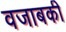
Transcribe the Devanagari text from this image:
वजाबकी